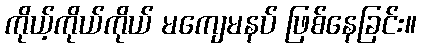
ကိုယ့်ကိုယ်ကိုယ် မကျေမနပ် ဖြစ်နေခြင်း။